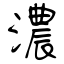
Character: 濃